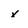
Character: x